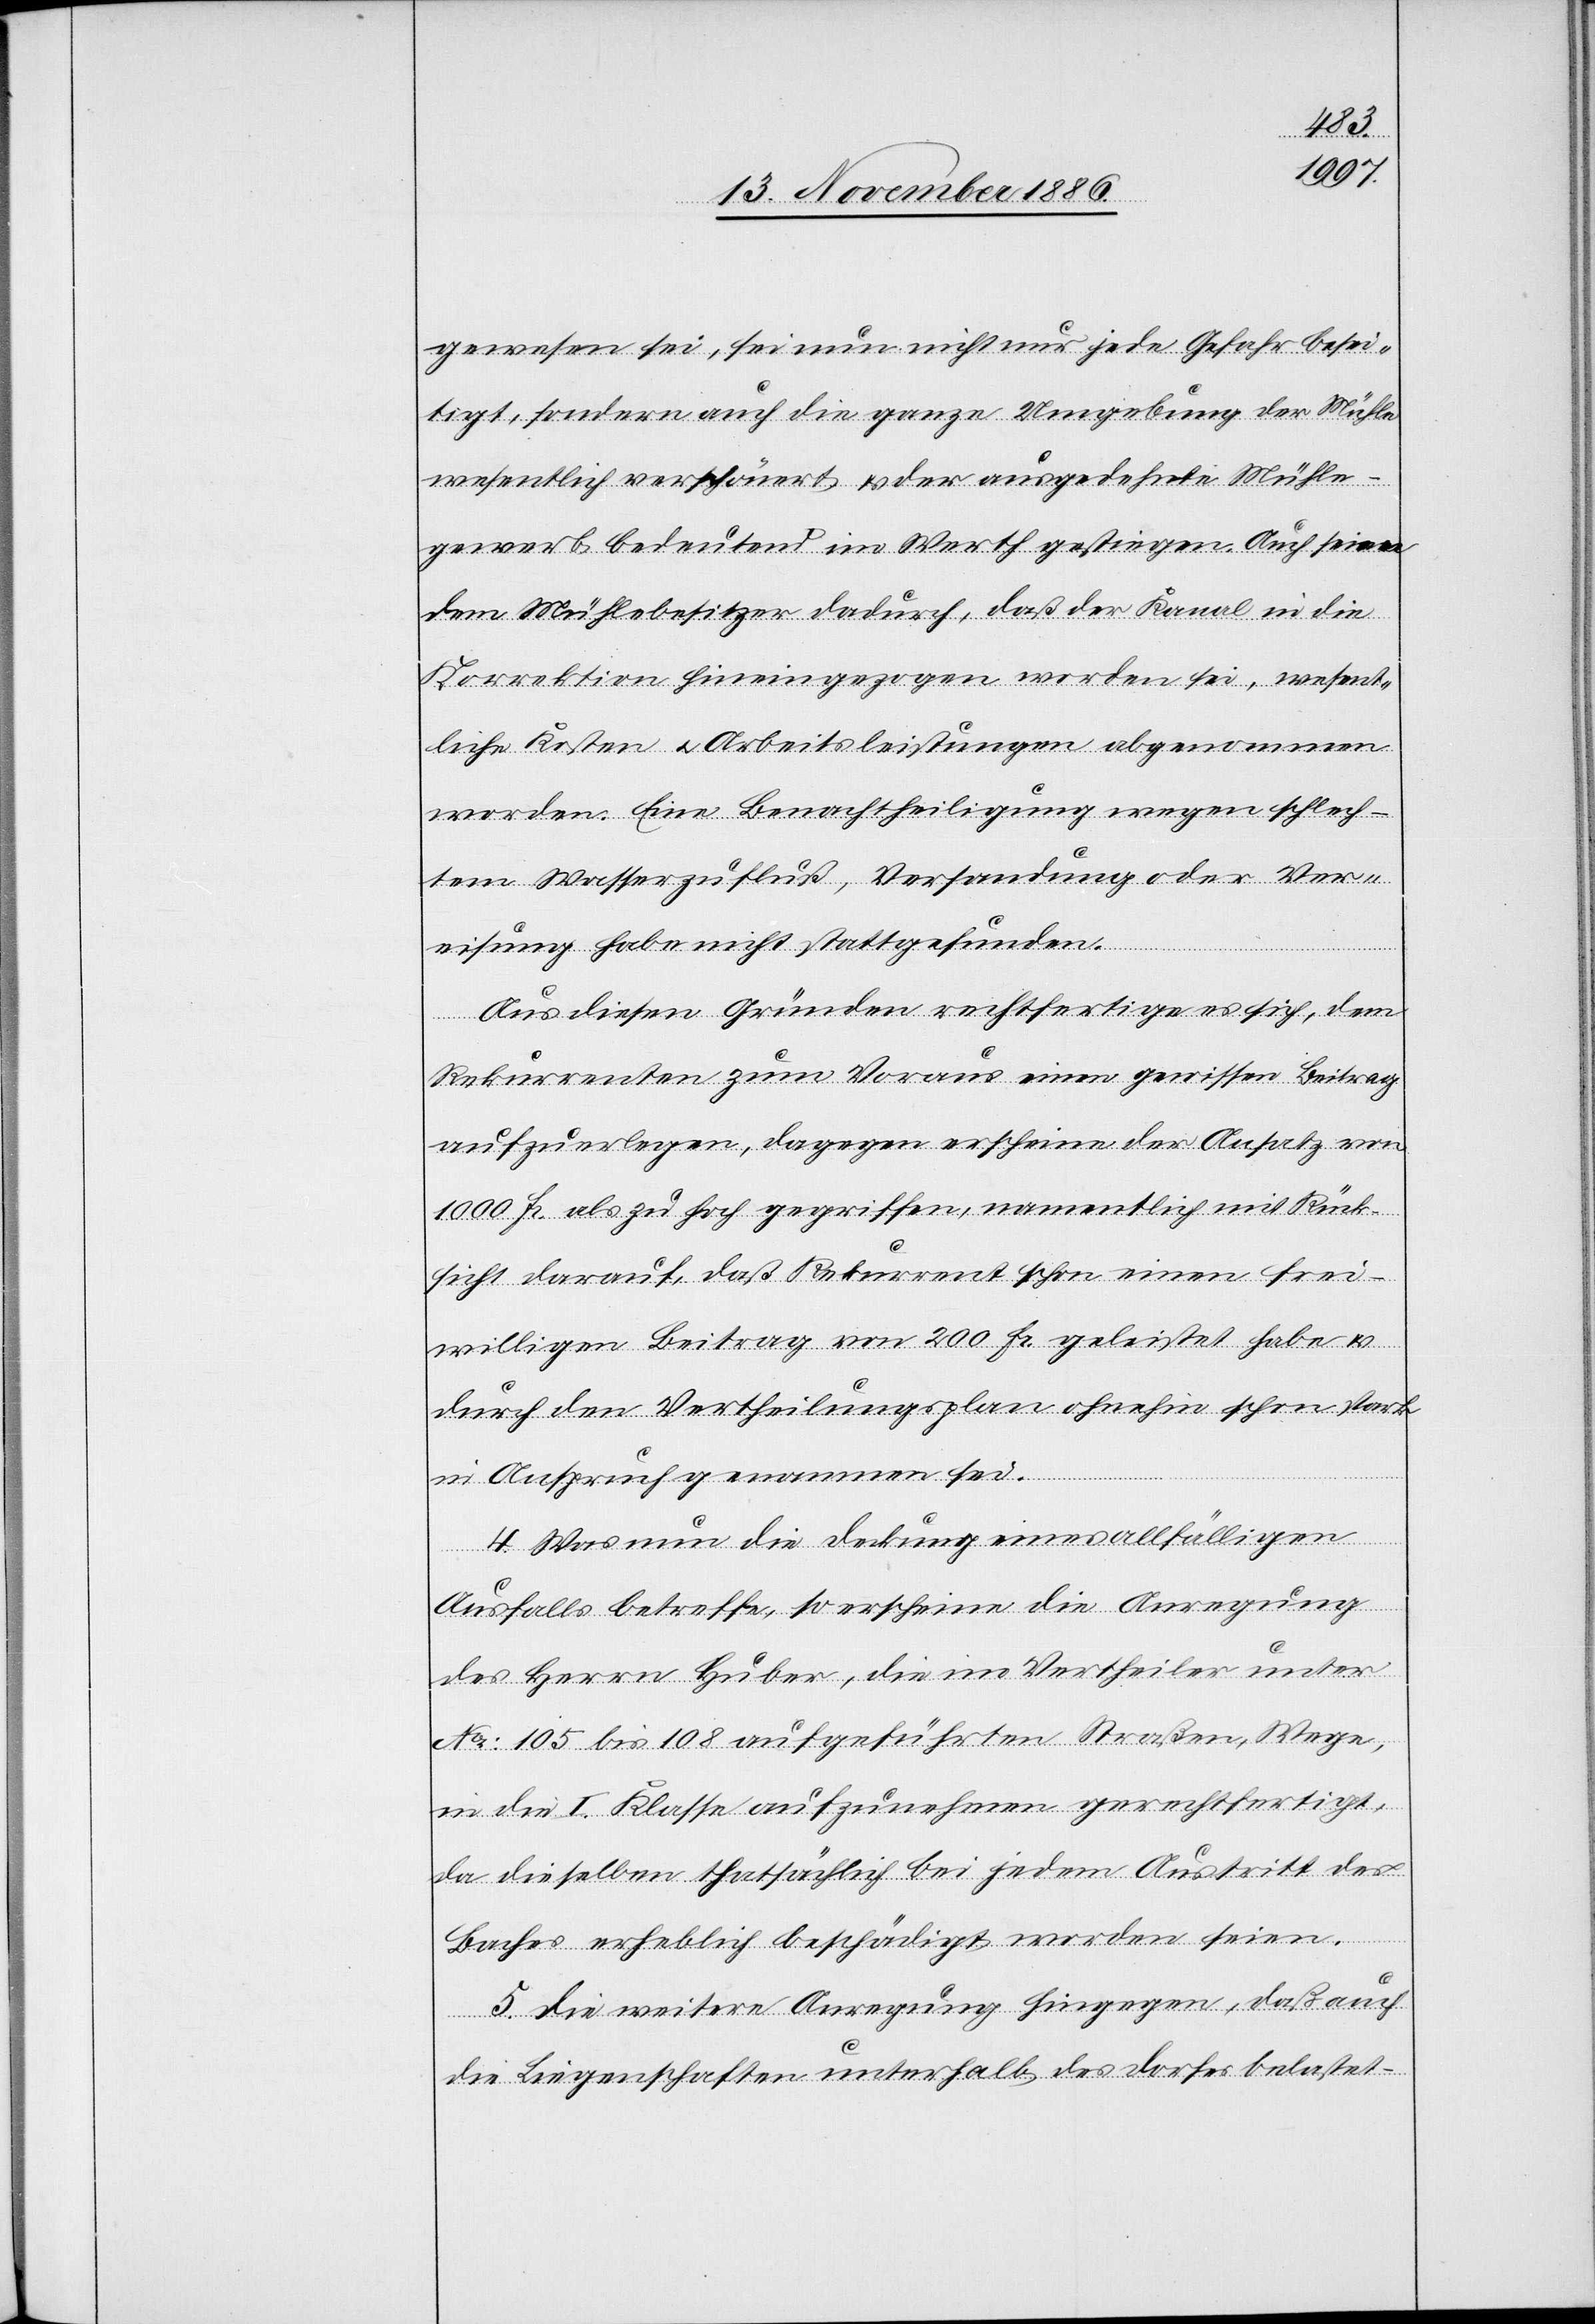
gewesen sei, sei nun nicht nur jede Gefahr besei¬
tigt, sondern auch die ganze Umgebung der Mühle
wesentlich verschönert & der ausgedehnte Mühle¬
gewerb bedeutend im Werth gestiegen. Auch seien
dem Mühlebesitzer dadurch, daß der Kanal in die
Korrektion hineingezogen worden sei, wesent¬
liche Kosten & Arbeitsleistungen abgenommen
worden. Eine Benachtheiligung wegen schlech¬
tem Wasserzufluß, Versandung oder Ver¬
eisung habe nicht stattgefunden.
Aus diesen Gründen rechtfertige es sich, dem
Rekurrenten zum Voraus einen gewissen Beitrag
aufzuerlegen, dagegen erscheine der Ansatz von
1000 Fr. als zu hoch gegriffen, namentlich mit Rück¬
sicht darauf, daß Rekurrent schon einen frei¬
willigen Beitrag von 200 Fr. geleistet habe &
durch den Vertheilungsplan ohnehin schon stark
in Anspruch genommen sei.
4. Was nun die Deckung eines allfälligen
Ausfalls betreffe, so erscheine die Anregung
des Herrn Huber, die im Vertheiler unter
No: 105 bis 108 aufgeführten Straßen, Wege,
in die I. Klasse aufzunehmen gerechtfertigt,
da dieselben thatsächlich bei jedem Austritt des
Baches erheblich beschädigt worden seien.
5. Die weitere Anregung hingegen, daß auch
die Liegenschaften unterhalb des Dorfes belastet